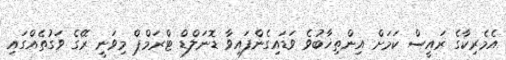
އެމެރިކާގެ ރައީސް ކަމަށް އިންތިޚާބުވެ ވަޑައިގެންފައިވާ ޑޮނަލްޑް ޓްރަމްޕް މިވަނީ ރޭގެ ވަގުތެއްގައި